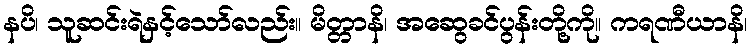
နပိ၊ သူဆင်းရဲနှင့်သော်လည်း။ မိတ္တာနိ၊ အဆွေခင်ပွန်းတို့ကို။ ကရဏီယာနိ၊